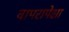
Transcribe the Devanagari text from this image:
वापरापेक्षा